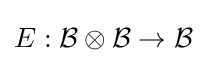
E:{\mathcal {B}}\otimes {\mathcal {B}}\to {\mathcal {B}}